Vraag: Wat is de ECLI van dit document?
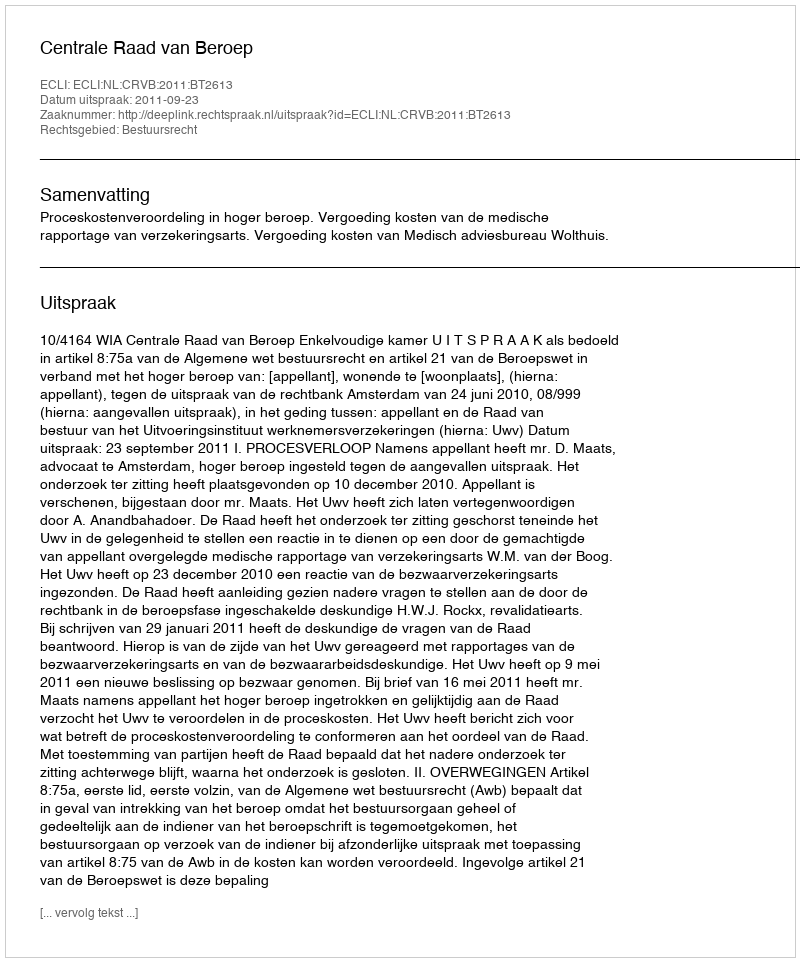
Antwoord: ECLI:NL:CRVB:2011:BT2613